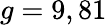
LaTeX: g=9,81